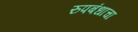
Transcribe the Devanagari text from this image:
रुपबंधाचा